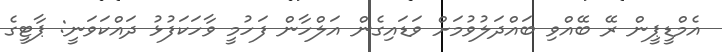
އެމްޑީޕީން ރޭ ބޭއްވި ބައްދަލުވުމަށް ވަޑައިގެން އަލްހާން ފަހުމީ ވާހަކަފުޅު ދައްކަވަނީ: ޕާޓީގެ